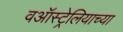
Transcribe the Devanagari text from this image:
वऑस्ट्रेलियाच्या